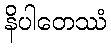
နိပါတေဿံ